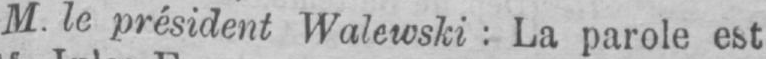
M. le président Walewski: La parole est